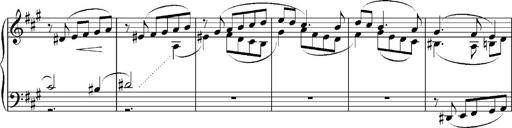
Title: Sonatina No.5
Composer: Otto Stoll
Key: F-sharp minor